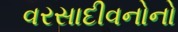
વરસાદીવનોનો